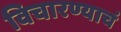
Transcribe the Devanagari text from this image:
विचारण्याचं